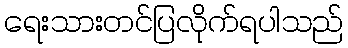
ရေးသားတင်ပြလိုက်ရပါသည်